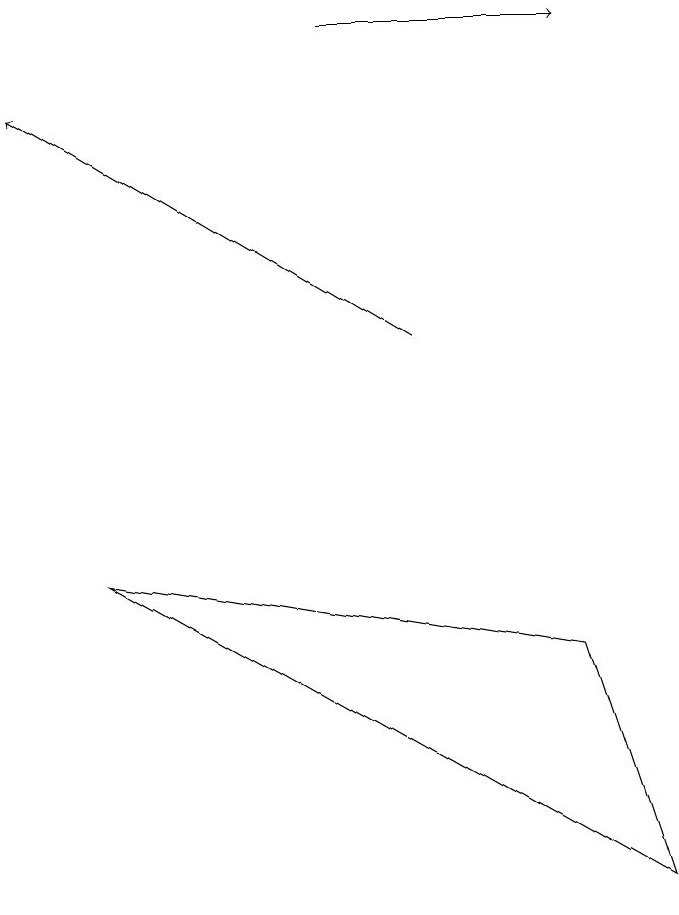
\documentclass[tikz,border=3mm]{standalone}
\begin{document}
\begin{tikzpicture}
\draw (2,8) -- (9,4) -- (8,7) -- cycle;
\draw[->] (6,11) -- (1,14);
\draw[->] (5,15) -- (8,15);
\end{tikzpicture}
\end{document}